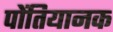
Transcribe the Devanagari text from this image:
पोंतियानक